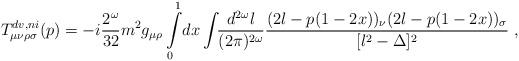
LaTeX: \begin{align*}T^{dv,ni}_{\mu \nu \rho \sigma}(p) = - i \frac{2^{\omega}}{32} m^{2} g_{\mu\rho} \int\limits_{0}^{1} \!dx \int\!\! \frac{d^{2\omega}l}{(2\pi)^{2\omega}} \frac{(2l-p(1-2x))_{\nu} (2l-p(1-2x))_{\sigma}}{[l^{2}-\Delta]^{2}} \, \, ,\end{align*}